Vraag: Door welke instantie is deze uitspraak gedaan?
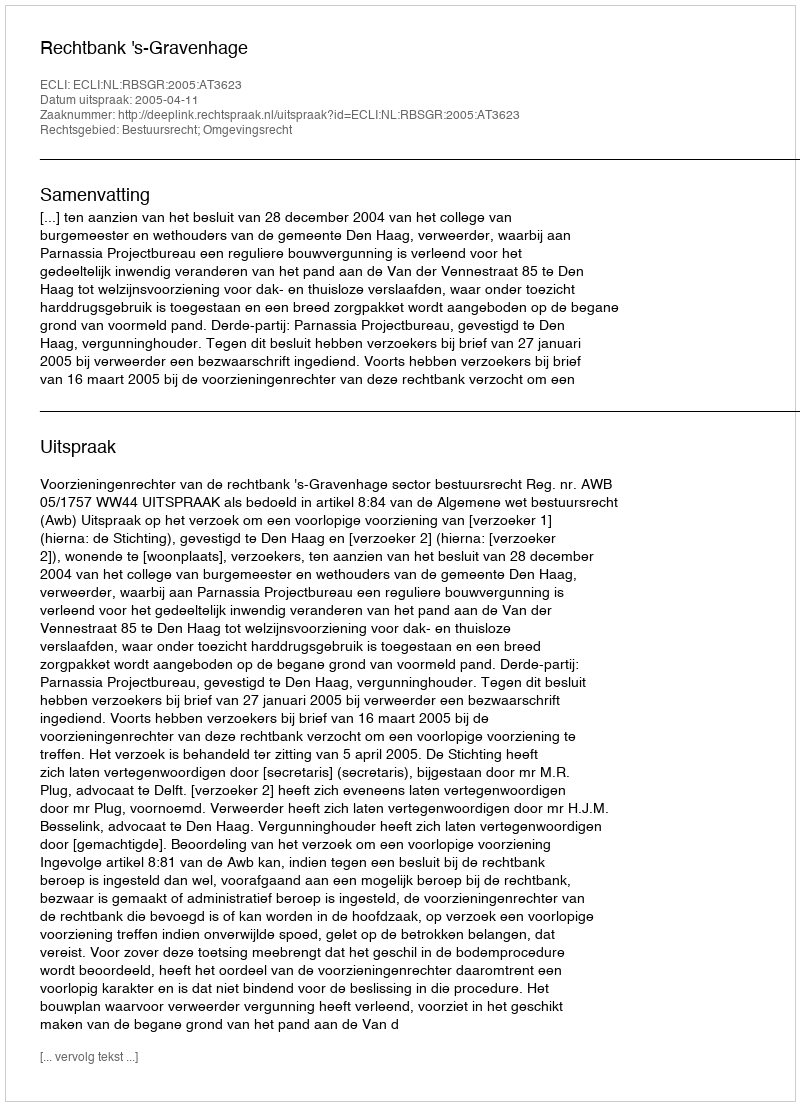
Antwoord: Rechtbank 's-Gravenhage